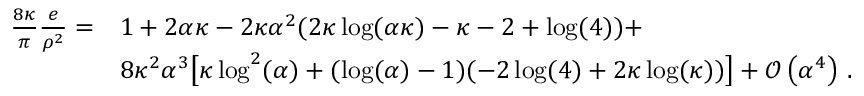
\begin{array} { r l } { \frac { 8 \kappa } { \pi } \frac { e } { \rho ^ { 2 } } = } & { 1 + 2 \alpha \kappa - 2 \kappa \alpha ^ { 2 } ( 2 \kappa \log ( \alpha \kappa ) - \kappa - 2 + \log ( 4 ) ) + } \\ & { 8 \kappa ^ { 2 } \alpha ^ { 3 } \big [ \kappa \log ^ { 2 } ( \alpha ) + ( \log ( \alpha ) - 1 ) ( - 2 \log ( 4 ) + 2 \kappa \log ( \kappa ) ) \big ] + \mathcal { O } \left( \alpha ^ { 4 } \right) \, . } \end{array}